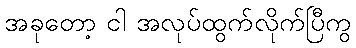
အခုတော့ ငါ အလုပ်ထွက်လိုက်ပြီကွ